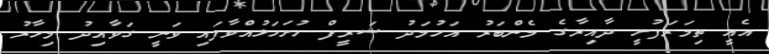
އެއީ ތިމަރަފުށީ ދާއިރާގެ މެންބަރު އަހުމަދު ޝަރީފް ހުށަހަޅުއްވާފައި ވަނީ ގަވާއިދު މިހާރު